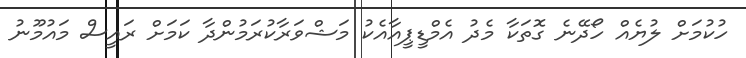
ހުކުމަށް ލުޔެއް ހޯދޭނެ ގޮތަކާ މެދު އެމްޑީޕީއާއެކު މަޝްވަރާކުރަމުންދާ ކަމަށް ރައީސް މައުމޫނު